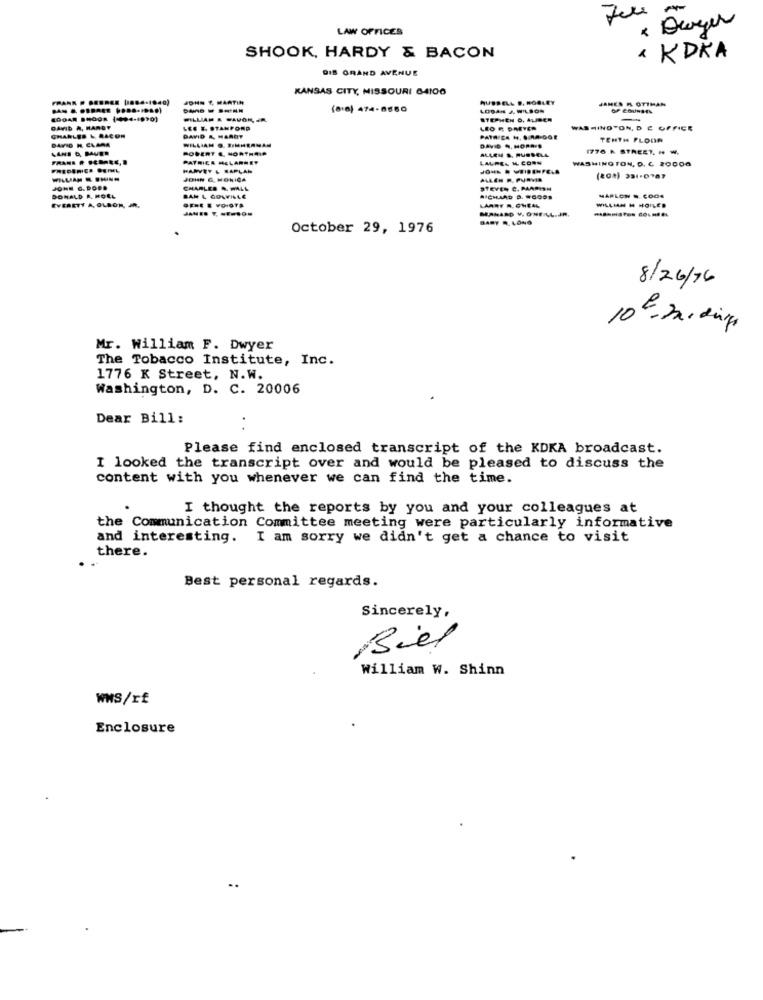
LAW OFFICES
* Deyer
SHOOK, HARDY & BACON
· KDKA
DIS GRAND AVENUE
KANSAS CITY, MISSOURI 64100
RUSSELL D. ROBLEY
JAMES M. OTTMAN
(80) 474-8880
LOGAN A.WILSON
WILLIAM & SAUOR JR
DAVID A, HARDY
LEE & STANFORD
LEO F DREYER
WASHINGTON, D E OFFICE
DAVID H. CLARA
CHARLES & BACON
DAVID &, HARDT
PATRICE H. S.MA-GGE
TENTH FLOOR
LANE O, BAUER
WILLIAM O. BIMHRANAM
ROBERT &. NORTHSIN
DAVID 9. HOPR-D
ALLEN &. PUEDELA
1776 K STREET. - W.
PATRICE MELARMET
LAUREL H. CORN
WASHINGTON, D. C 20000
HARVEY & RAPLAN
JOHN G, MONICA
PALEN R. PURVIS
(20%) 331-0787
JOHN G. DODD
CHARLES &. WALL
STEVEN C. PAAPISH
EVERETT A, OLDON, JR.
DONALD R. HOLL
BAN L GOWILLE
RICHARD D. WOODS
LARRY A. CHEAL
WILLIAN H HOILED
MARLON .. COOK
BABY R. LONG
October 29, 1976
8/26/76
10€. Da. dir.
Mr. William F. Dwyer
The Tobacco Institute, Inc.
1776 K Street, N.W.
Washington, D. C. 20006
Dear Bill:
Please find enclosed transcript of the KDKA broadcast.
I looked the transcript over and would be pleased to discuss the
content with you whenever we can find the time.
I thought the reports by you and your colleagues at
the Communication Committee meeting were particularly informative
and interesting. I am sorry we didn't get a chance to visit
there.
Best personal regards.
Sincerely,
Biel
William W. Shinn
WNS/rf
Enclosure